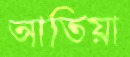
আতিয়া